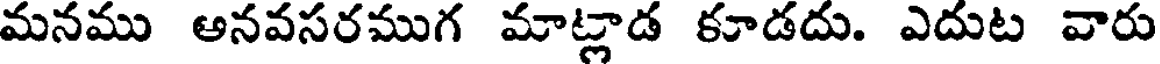
మనము అనవసరముగ మాట్లాడ కూడదు. ఎదుట వారు